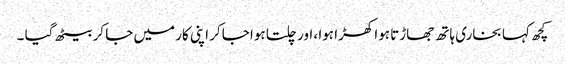
کچھ کہا بخاری ہاتھ جھاڑتا ہوا کھڑا ہوا ، اور چلتا ہوا جاکر اپنی کار میں جا کر بیٹھ گیا ۔